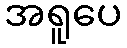
အရူပေ